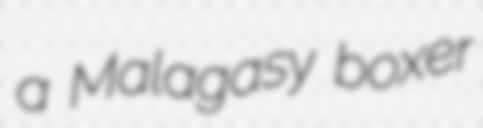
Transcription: a Malagasy boxer